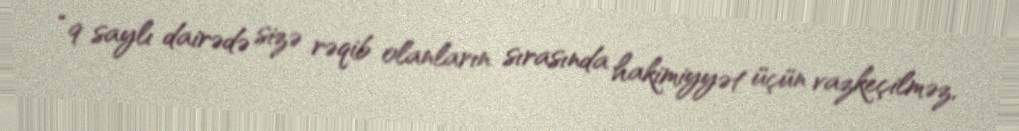
“9 saylı dairədə sizə rəqib olanların sırasında hakimiyyət üçün vazkeçilməz,